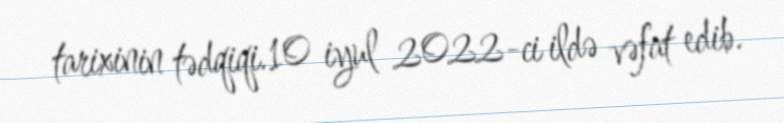
tarixinin tədqiqi.10 iyul 2022-ci ildə vəfat edib.